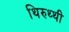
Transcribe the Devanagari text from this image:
थिरुथ्थी